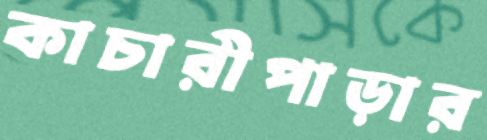
কাচারীপাড়ার